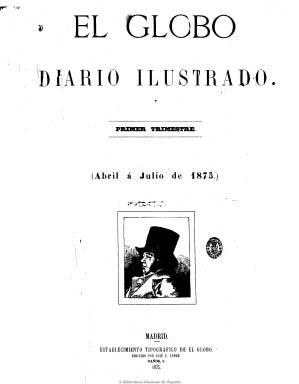
Título: El Globo (Madrid. 1875)
Colección: Periódicos
Ámbito geográfico: Madrid
Lugar de publicación: Madrid
Fechas: 25/03/1875-31/05/1932

Fundado por Emilio Castelar (1832-1899), será el principal órgano del posibilismo representado por el Partido Republicano conservador y unitario. Publica su número prospecto el 21 de marzo de 1875 y comienza su andadura a partir del uno de abril de ese año, con el subtítulo “diario ilustrado” y el lema “instrucción, moralidad, recreo”, siendo considerado como el primer diario español que incorpora sistemáticamente el grabado tanto de carácter ilustrativo como informativo. Va a tener una prolongada vida y durante sus dos primeros años estará dirigido por Pedro Avial y sus páginas estarán alejadas del debate político.

A partir de 1877 lo dirigirá Joaquín Martín de Olías (1842-1900), que había sido ya uno de sus principales redactores, quien incorpora a otros jóvenes periodistas, entre los que se encuentran Francisco Navarro Ledesma, Andrés Ovejero, Baldomero Argente, Manuel Castro Tiedra y Manuel Tercero, entre otros, señalando bajo su cabecera que ya es un diario político, además de ilustrado, literario y científico. En números de cuatro páginas y a cuatro columnas, resaltan sus excelentes y numerosos grabados y su estructura será la propia de los diarios de la época, con artículos políticos, secciones de noticias nacionales y extranjeras, despachos telegráficos de la agencia Fabra, así como las de espectáculos, cotizaciones de bolsa, etc. Incorpora también el folletín y su cuarta plana estará íntegramente dedicada a los anuncios comerciales.

Los cambios en su propiedad se van a ir sucediendo. En 1885 lo adquiere Eleuterio Maisonnave, que también lo dirigirá, y comenzará la época más brillante del diario, que ya en 1880 había alcanzado una circulación en torno a los 25.000 ejemplares, llegando a ser uno de los periódicos republicanos y anticlericales de mayor difusión entre un público amplio no necesariamente castelarino, a la vez que el partido republicano liberal había avanzado hacía su progresiva integración en el régimen de la Restauración, tal como señala Seoane.

Desde 1890 a 1896 lo dirige Alfredo Vicenti Rey (1850-1916), el prestigioso periodista que, procedente de Galicia se había incorporado a su redacción en 1880. Y ese mismo año 1896 pasa a ser propiedad del futuro conde de Romanones, Álvaro de Figueroa y Torres (1863-1950), una de las figuras más importantes del Partido Liberal de Práxedes Mateo Sagasta, quien pondrá en la dirección a José Franco Rodríguez.

Como diario liberal-demócrata, en el periodo finisecular se convertirá en cómodo refugio de la “aristocracia” de la generación del 98, según señala Gómez Aparicio, resaltando la incorporación a su redacción de Pío Baroja y Azorín. Y en 1902, Romanones lo vende al diputado catalán Emilio Ríus y Peniquet, quien asume la dirección, entregándole la jefatura informativa a Manuel Delgado Barreto, y la literaria, a Baroja, quien publicará sus célebres artículos de crítica teatral y también será enviado especial a Tánger. También pertenecerán a su redacción Pedro de Répide, José López Pinillos, Ricardo Baroja, Luis de Oteyza, Enrique Jardiel, Manuel Tercero o Manuel Bueno, entre otros.

El diario pasa a subtitularse “independiente”, tira dos ediciones diarias, y desaparecen de sus páginas las ilustraciones. Su propiedad pasará a manos de Ivo Bosch y defenderá la política de Segismundo Moret (1833-1913), a la vez que su difusión irá bajando drásticamente, si en 1913 era de unos 8.000 ejemplares, en 1920, se calcula que estaba ya entre los mil y dos mil ejemplares. A partir de 1923 llegará a perder su frecuencia diaria, apareciendo entre dos y cuatro días a la semana. A juicio de Seoane, el periódico se hundió en el “sapismo” más lamentable, pasando finalmente su propiedad a Magadaleno de Castro y convirtiéndose finalmente en semanal. El último número de la colección de la Biblioteca Nacional (de la que faltan los años 1886-1896 y 1928-1929) corresponde al 31 de mayo de 1932.